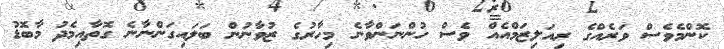
ކޮންމެވެސް ވަރެއްގެ ރިއަލިޒަމްއެއް ވެސް ހުންނަންވާނެ މިހާރުގެ ޒުވާނުން ބަލައިގަންނާނެ ގޮތާއިމެދު މާބޮޑު